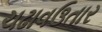
ચઢાવઉતાર